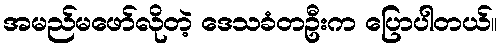
အမည်မဖော်လိုတဲ့ ဒေသခံတဦးက ပြောပါတယ်။